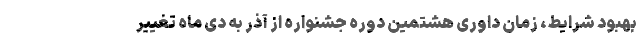
بهبود شرایط، زمان داوری هشتمین دوره جشنواره از آذر به دی ماه تغییر